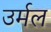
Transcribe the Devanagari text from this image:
उर्मल